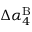
\Delta \alpha _ { 4 } ^ { \mathrm { B } }